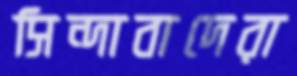
সিন্দাবাদেরা